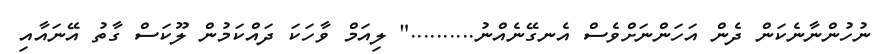
ނުހުންނާނެކަން ދެން އަހަންނަށްވެސް އެނގޭނެއްނު.........." ލިއަމް ވާހަކަ ދައްކަމުން ލޫކަސް ގާތު އޭނައާއި